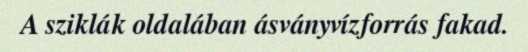
A sziklák oldalában ásványvízforrás fakad.